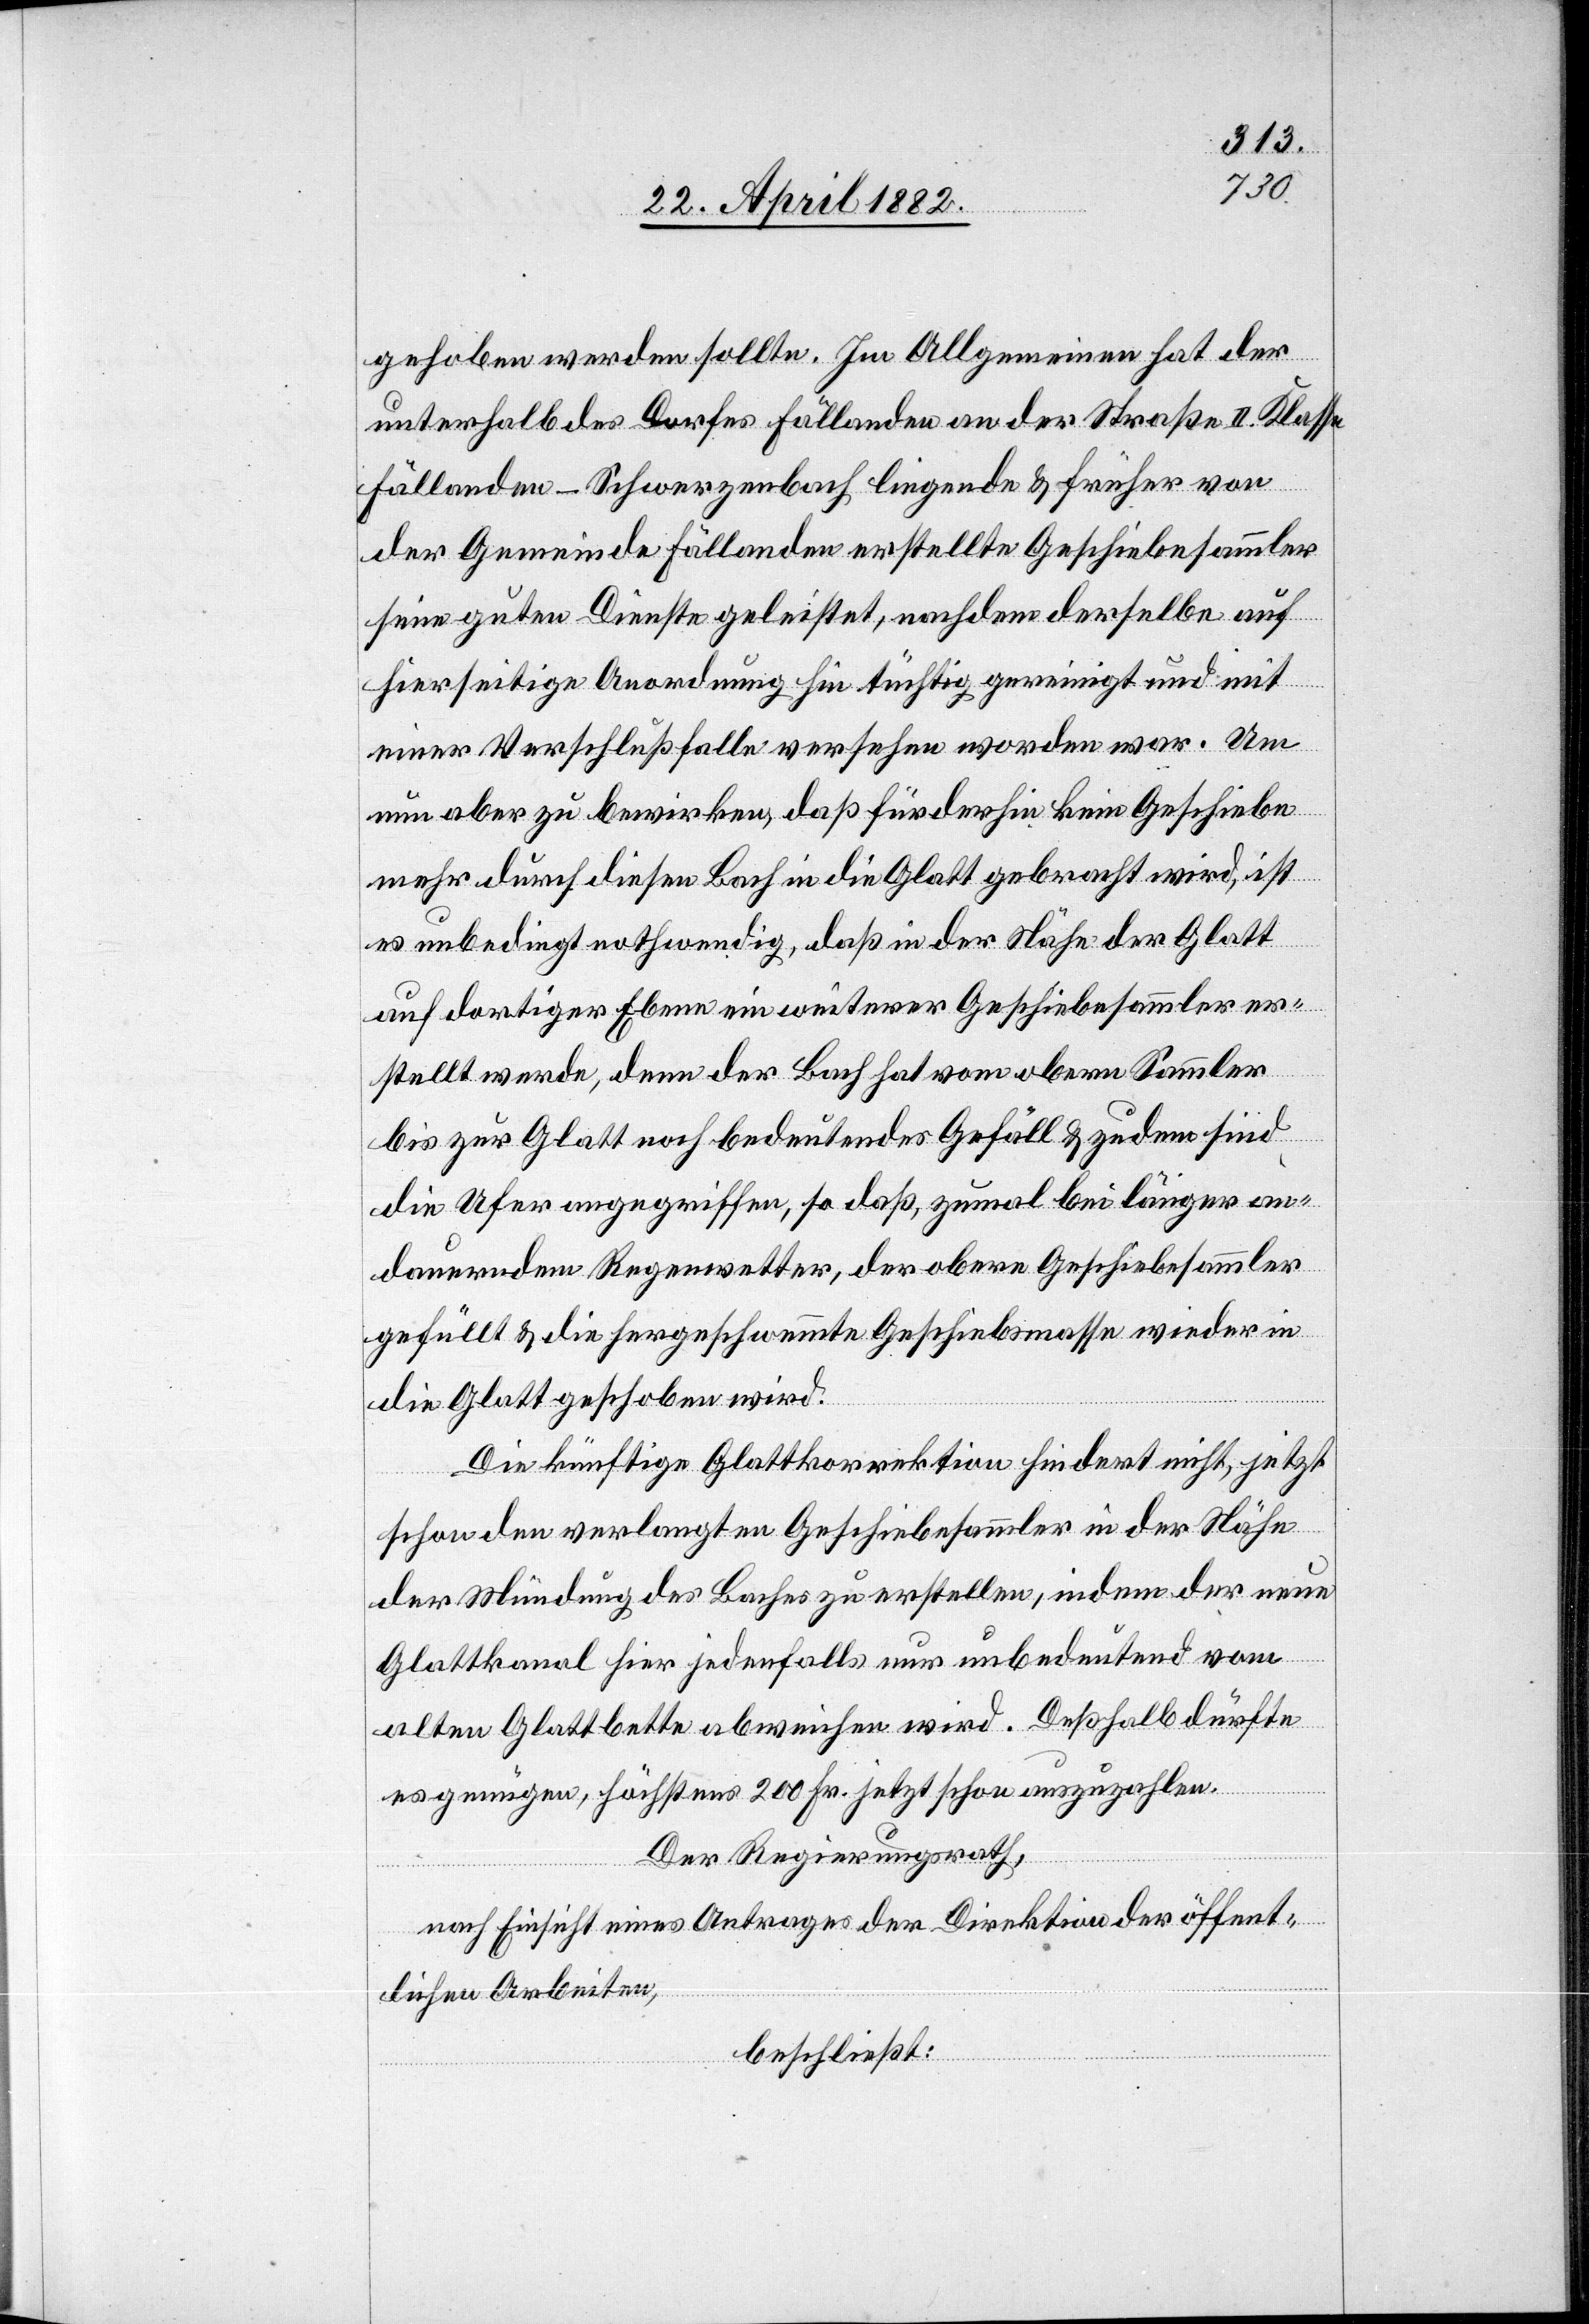
gehoben werden sollte. Im Allgemeinen hat der
unterhalb des Dorfes Fällanden an der Straße II. Klasse
Fällanden–Schwerzenbach liegende & früher von
der Gemeinde Fällanden erstellte Geschiebesammler
seine guten Dienste geleistet, nachdem derselbe auf
hierseitige Anordnung hin tüchtig gereinigt und mit
einer Verschlußfalle versehen worden war. Um
nun aber zu bewirken, daß fürderhin kein Geschiebe
mehr durch diesen Bach in die Glatt gebracht wird, ist
es unbedingt nothwendig, daß in der Nähe der Glatt
auf dortiger Ebene ein weiterer Geschiebesammler er¬
stellt werde, denn der Bach hat vom obern Sammler
bis zur Glatt noch bedeutendes Gefäll & zudem sind
die Ufer angegriffen, so daß, zumal bei länger an¬
dauerndem Regenwetter, der obere Geschiebesammler
gefüllt & die hergeschwemmte Geschiebemasse wieder in
die Glatt geschoben wird.
Die künftige Glattkorrektion hindert nicht, jetzt
schon den verlangten Geschiebesammler in der Nähe
der Mündung des Baches zu erstellen, indem der neue
Glattkanal hier jedenfalls nur unbedeutend vom
alten Glattbette abweichen wird. Deßhalb dürfte
es genügen, höchstens 200 Fr. jetzt schon auszuzahlen.
Der Regierungsrath,
nach Einsicht eines Antrages der Direktion der öffent¬
lichen Arbeiten,
beschließt: